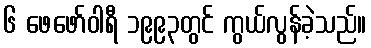
၆ ဖေဖော်ဝါရီ ၁၉၉၃တွင် ကွယ်လွန်ခဲ့သည်။